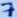
Text: 7